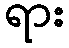
ရား